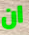
ان